Indian journal of veterinary science and animal husbandry - Volume 4,
Year: 1934
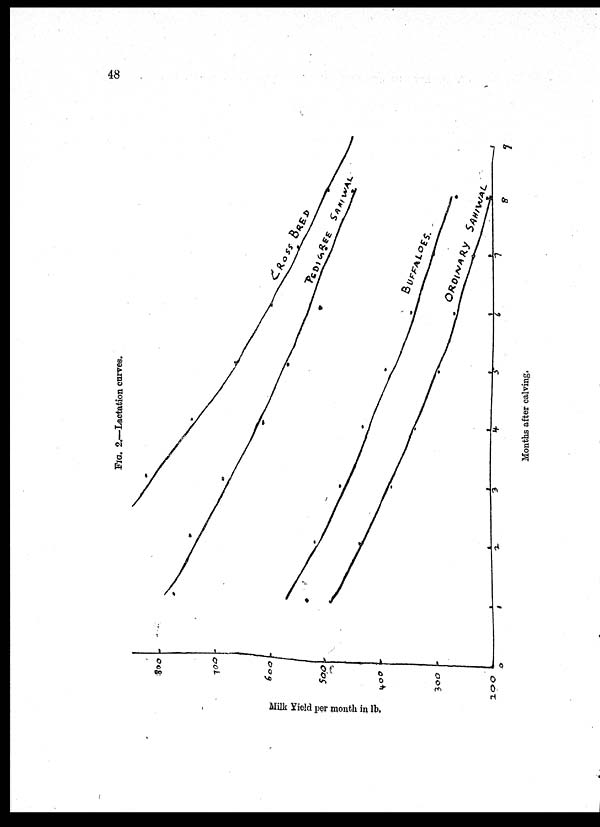
48
FIG.
2.—Lactation curves.